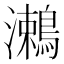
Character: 𪄠